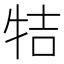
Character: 㸵